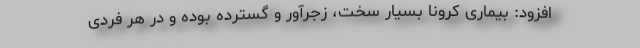
افزود: بیماری کرونا بسیار سخت، زجرآور و گسترده بوده و در هر فردی